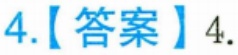
4.【答案】4.